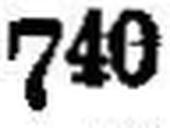
740